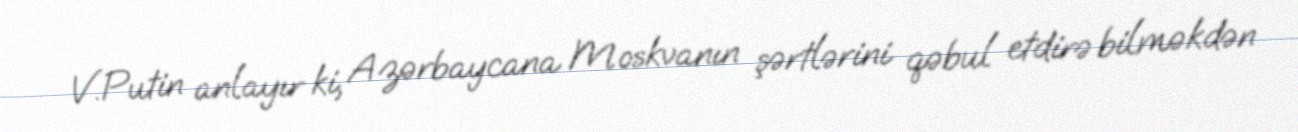
V.Putin anlayır ki, Azərbaycana Moskvanın şərtlərini qəbul etdirə bilməkdən